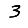
Digit: 3